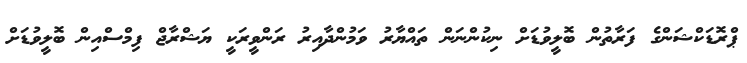
ޕްރޮޑަކްޝަންގެ ފަރާތުން ބޮލީވުޑަށް ނިކުންނަން ތައްޔާރު ވަމުންދާއިރު ރަންވީރަކީ ޔަޝްރާޖް ފިމްސްއިން ބޮލީވުޑަށް